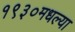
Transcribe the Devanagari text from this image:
१९३०मधल्या